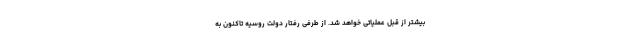
بیشتر از قبل عملیاتی خواهد شد. از طرفی رفتار دولت روسیه تاکنون به